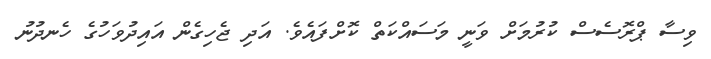
ވިސާ ޕްރޮސެސް ކުރުމަށް ވަނީ މަސައްކަތް ކޮށްފައެވެ. އަދި ޖެހިގެން އައިދުވަހުގެ ހެނދުނު